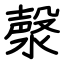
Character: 漀